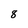
Character: 8